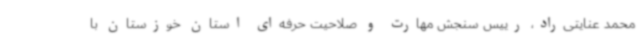
محمد عنایتی‌راد، رییس سنجش مهارت و صلاحیت حرفه‌ای استان خوزستان با